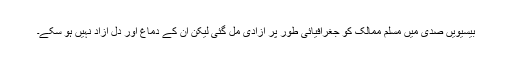
بیسیویں صدی میں مسلم ممالک کو جغرافیائی طور پر آزادی مل گئی لیکن ان کے دماغ اور دل آزاد نہیں ہو سکے۔